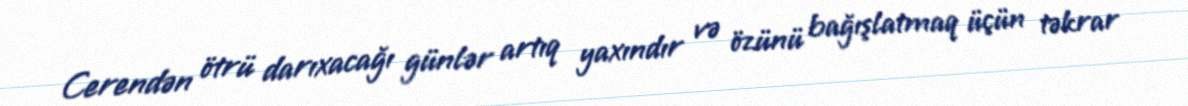
Cerendən ötrü darıxacağı günlər artıq yaxındır və özünü bağışlatmaq üçün təkrar